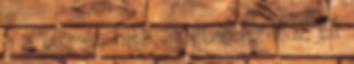
a a tûz és hiba átjelzõ az MSZ EN